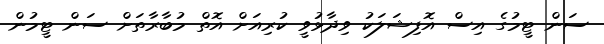
ސަން ޓީމުގެ އިސް އޮފިޝަލަކު ވިދާޅުވީ ކުރިއަށް އޮތް މުބާރާތަށް ސަން ޓީމުން